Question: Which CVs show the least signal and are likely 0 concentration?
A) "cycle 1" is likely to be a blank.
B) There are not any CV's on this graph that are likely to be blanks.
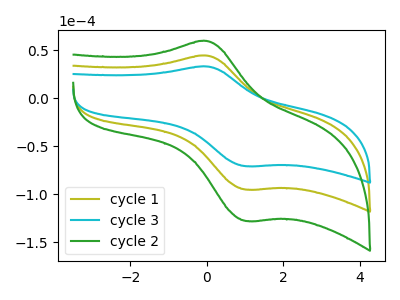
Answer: <think>The olive curve "cycle 1" has an anodic peak at (0.00V, 44.25uA) and a cathodic peak at (1.05V, -95.25uA). The cyan curve "cycle 3" has an anodic peak at (0.00V, 32.95uA) and a cathodic peak at (1.05V, -70.90uA). The green curve "cycle 2" has an anodic peak at (0.00V, 88.50uA) and a cathodic peak at (1.05V, -190.50uA).</think>
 <answer>B) There are not any CV's on this graph that are likely to be blanks.</answer>
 <eval>B</eval>